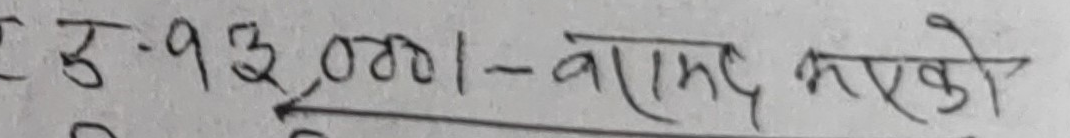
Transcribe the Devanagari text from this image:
रु.-93,001/- वराम्द भएको